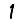
Digit: 1